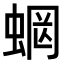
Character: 𧍑